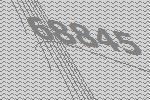
68845